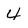
Character: 4